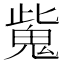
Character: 𩲨